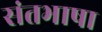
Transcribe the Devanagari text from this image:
संतभाषा